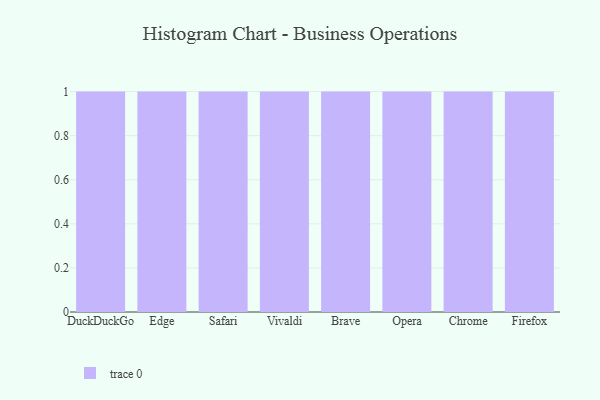
{"axis": {"x": "Browser", "y": "Website Visitors"}, "legend": [""], "data": [{"x": "DuckDuckGo", "y": 90, "type": ""}, {"x": "Edge", "y": 89, "type": ""}, {"x": "Safari", "y": 28, "type": ""}, {"x": "Vivaldi", "y": 68, "type": ""}, {"x": "Brave", "y": 58, "type": ""}, {"x": "Opera", "y": 47, "type": ""}, {"x": "Chrome", "y": 90, "type": ""}, {"x": "Firefox", "y": 7, "type": ""}]}